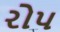
રોપ